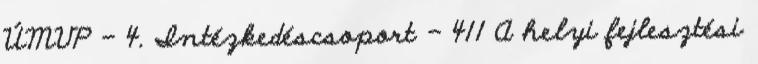
ÚMVP - 4. Intézkedéscsoport - 411 A helyi fejlesztési